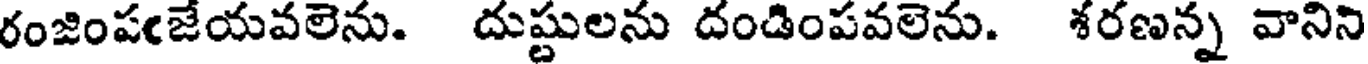
రంజింపఁజేయవలెను. దుష్టులను దండింపవలెను. శరణన్న వానిని